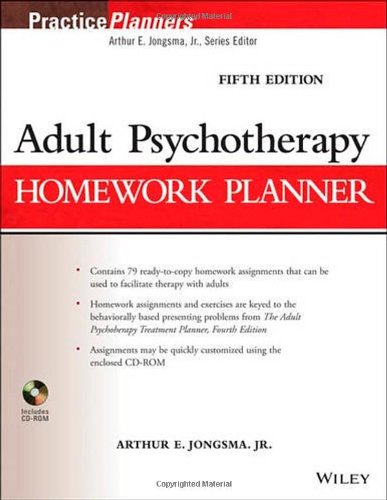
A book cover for Adult Psychotherapy Homework Planner; Arthur E. Jongsma Jr.; Medical Books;